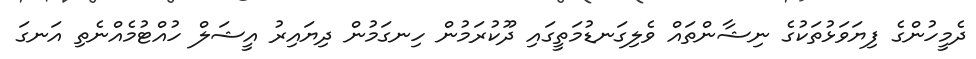
ދެމީހުންގެ ފިޔަވަޅުތަކުގެ ނިޝާންތައް ވެލިގަނޑުމަތީގައި ދޫކުރަމުން ހިނގަމުން ދިޔައިރު އީޝަލް ހުއްޓުމެއްނެތި އަނގަ